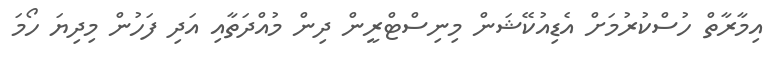
އިމާރާތް ހުސްކުރުމަށް އެޑިއުކޭޝަން މިނިސްޓްރީން ދިން މުއްދަތާއި އަދި ފަހުން މިދިޔަ ހޯމަ